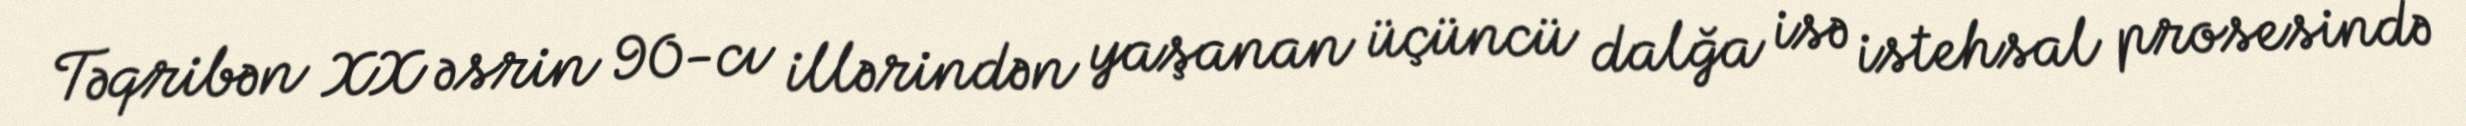
Təqribən XX əsrin 90-cı illərindən yaşanan üçüncü dalğa isə istehsal prosesində